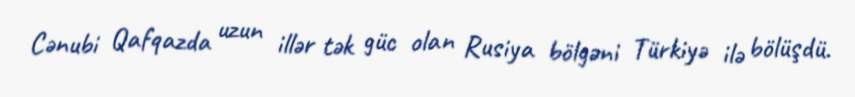
Cənubi Qafqazda uzun illər tək güc olan Rusiya bölgəni Türkiyə ilə bölüşdü.